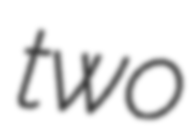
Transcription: two